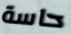
حاسة